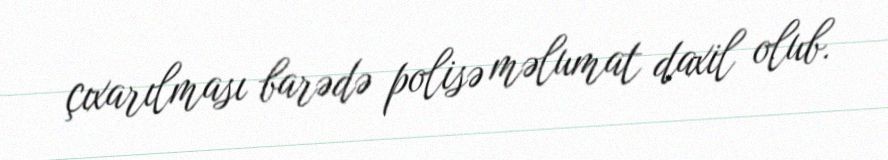
çıxarılması barədə polisə məlumat daxil olub.